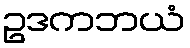
ဥဒကဘယံ